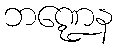
ဘဏ္ဍေန